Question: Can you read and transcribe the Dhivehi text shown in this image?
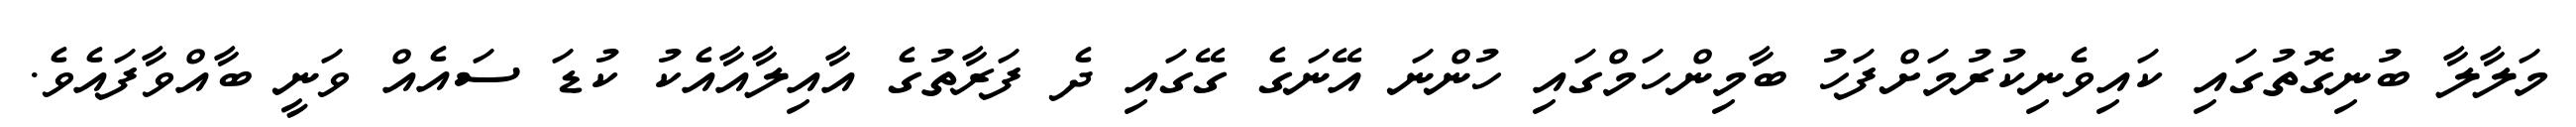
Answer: މަލާލާ ބުނިގޮތުގައި ކައިވެނިކުރުމަށްފަހު ބާމިންހަމްގައި ހުންނަ އޭނަގެ ގޭގައި ދެ ފަރާތުގެ އާއިލާއާއެކު ކުޑަ ސައެއް ވަނީ ބާއްވާފައެވެ.